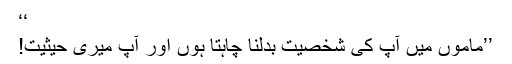
‘‘
’’ماموں میں آپ کی شخصیت بدلنا چاہتا ہوں اور آپ میری حیثیت!